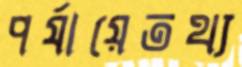
পর্যায়েতথ্য